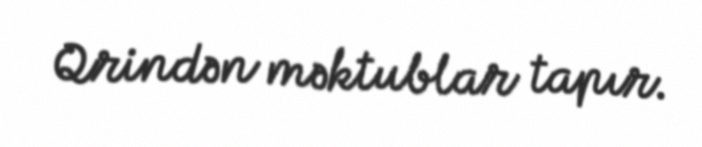
Qrindən məktublar tapır.